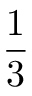
\frac { 1 } { 3 }